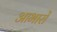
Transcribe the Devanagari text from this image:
आभारों